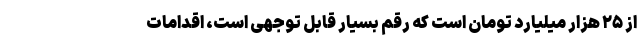
از ۲۵ هزار میلیارد تومان است که رقم بسیار قابل توجهی است، اقدامات